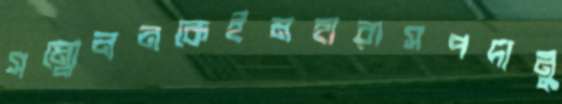
সম্মেলনকেইমহারাসপদানু